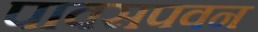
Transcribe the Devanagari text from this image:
पावसपवन